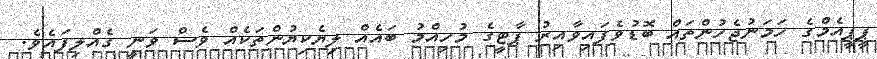
ޕީޕީއެމްގެ ހަމަނުޖެހުންތައް ބޮޑުވެފައިވާއިރު ޕާޓީގެ މުހިއްމު ބައެއް ލިޔެކިޔުންތަކެއް ވެސް ވަނީ ގެއްލިފައެވެ.